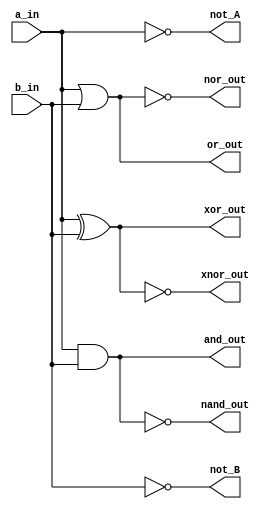
module Basic_Gates(input a_in, b_in, 
                   output not_A, not_B, 
                   output and_out, or_out, 
                   output nor_out, nand_out, 
                   output xor_out, xnor_out);

  // Data flow style using continuous assignments
  assign not_A = ~a_in;
  assign not_B = ~b_in;
  assign and_out = a_in & b_in;
  assign or_out = a_in | b_in;
  assign nor_out = ~(a_in | b_in);
  assign nand_out = ~(a_in & b_in);
  assign xor_out = a_in ^ b_in;
  assign xnor_out = ~(a_in ^ b_in);

endmodule